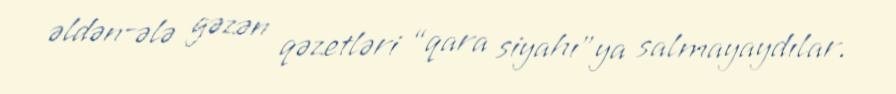
əldən-ələ gəzən qəzetləri “qara siyahı”ya salmayaydılar.